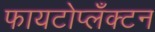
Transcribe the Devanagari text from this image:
फायटोप्लँक्टन